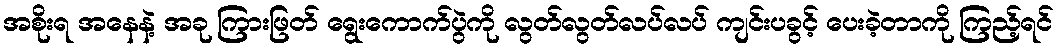
အစိုးရ အနေနဲ့ အခု ကြားဖြတ် ရွေးကောက်ပွဲကို လွတ်လွတ်လပ်လပ် ကျင်းပခွင့် ပေးခဲ့တာကို ကြည့်ရင်